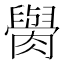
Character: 𦡭